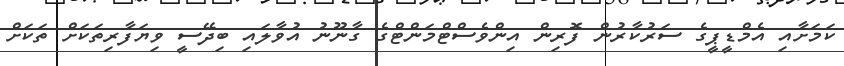
ކަމަށާއި އެމްޑީޕީގެ ސަރުކާރުން ފޮރިން އިންވެސްޓްމަންޓްގެ ގާނޫނު އުވާލައި ބިދޭސީ ވިޔަފާރިތަކަށް ތަކަށް